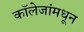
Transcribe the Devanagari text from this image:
कॉलेजांमधून